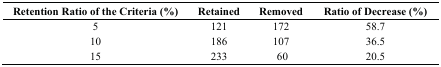
| Retention Ratio of the Criteria (%) | Retained | Removed | Ratio of Decrease (%) |
 | --- | --- | --- | --- |
 | 5 | 121 | 172 | 58.7 |
 | 10 | 186 | 107 | 36.5 |
 | 15 | 233 | 60 | 20.5 |